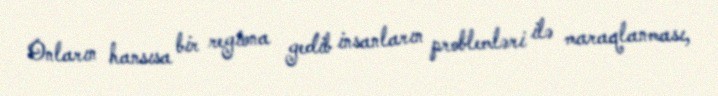
Onların hansısa bir regiona gedib insanların problemləri ilə maraqlanması,